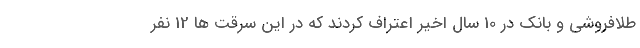
طلافروشی و بانک در 10 سال اخیر اعتراف کردند که در این سرقت ها 12 نفر